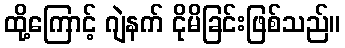
ထို့ကြောင့် ဂျဲနက် ငိုမိခြင်းဖြစ်သည်။